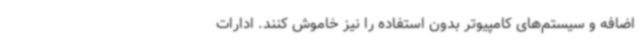
اضافه و سیستم‌های کامپیوتر بدون استفاده را نیز خاموش کنند. ادارات